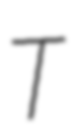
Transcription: T